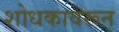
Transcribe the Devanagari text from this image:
शोधकावरून